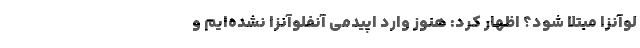
لوآنزا مبتلا شود؟ اظهار کرد: هنوز وارد اپیدمی آنفلوآنزا نشده‌ایم و